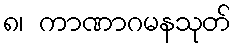
၈၊ ကာဏာဂမနသုတ်